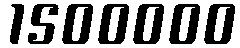
1500000